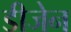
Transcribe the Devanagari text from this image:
डीजेन